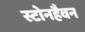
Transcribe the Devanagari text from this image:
स्टोनहैवन